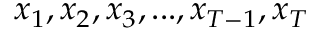
x _ { 1 } , x _ { 2 } , x _ { 3 } , . . . , x _ { T - 1 } , x _ { T }